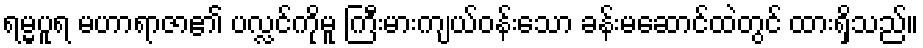
ရမ္မပူရ မဟာရာဇာ၏ ပလ္လင်ကိုမူ ကြီးမားကျယ်ဝန်းသော ခန်းမဆောင်ထဲတွင် ထားရှိသည်။